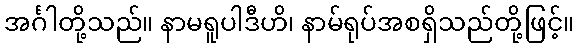
အင်္ဂါတို့သည်။ နာမရူပါဒီဟိ၊ နာမ်ရုပ်အစရှိသည်တို့ဖြင့်။